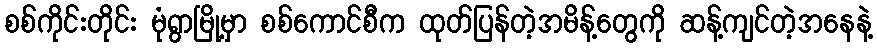
စစ်ကိုင်းတိုင်း မုံရွာမြို့မှာ စစ်ကောင်စီက ထုတ်ပြန်တဲ့အမိန့်တွေကို ဆန့်ကျင်တဲ့အနေနဲ့